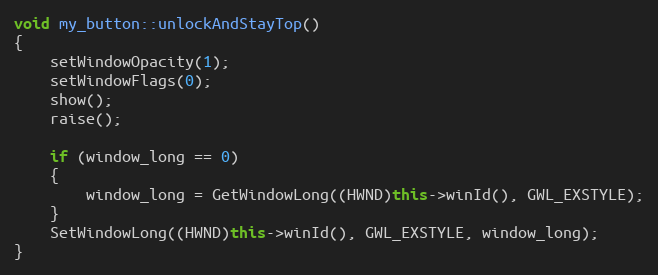
Language: C++
void my_button::unlockAndStayTop()
{
    setWindowOpacity(1);
    setWindowFlags(0);
    show();
    raise();

    if (window_long == 0)
    {
        window_long = GetWindowLong((HWND)this->winId(), GWL_EXSTYLE);
    }
    SetWindowLong((HWND)this->winId(), GWL_EXSTYLE, window_long);
}